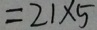
= 2 1 \times 5